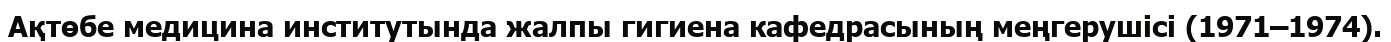
Ақтөбе медицина институтында жалпы гигиена кафедрасының меңгерушісі (1971–1974).